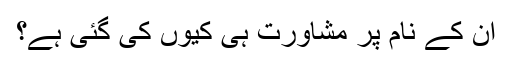
ان کے نام پر مشاورت ہی کیوں کی گئی ہے؟